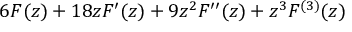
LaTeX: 6 F ( z ) + 1 8 z F ^ { \prime } ( z ) + 9 z ^ { 2 } F ^ { \prime \prime } ( z ) + z ^ { 3 } F ^ { ( 3 ) } ( z )